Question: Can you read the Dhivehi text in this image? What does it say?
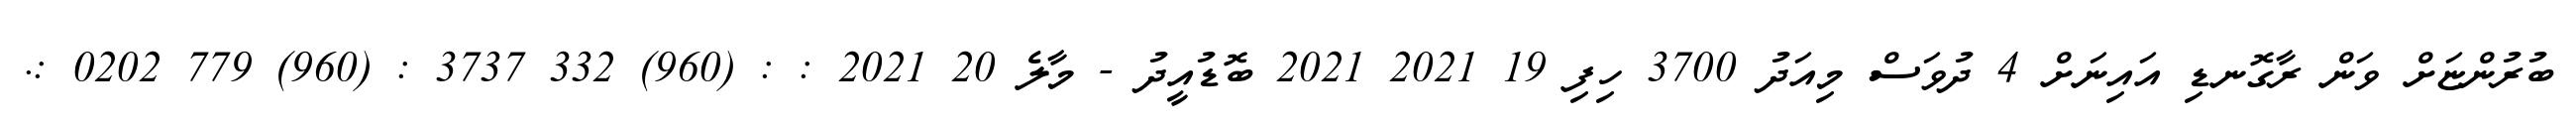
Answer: ބުރުންޏަށް ވަން ރާގޮނޑި އައިނަށް 4 ދުވަސް މިއަދު 3700 ހިފި 19 2021 2021 ބޮޑުއީދު - މާލެ 20 2021 : : (960) 332 3737 : (960) 779 0202 :.